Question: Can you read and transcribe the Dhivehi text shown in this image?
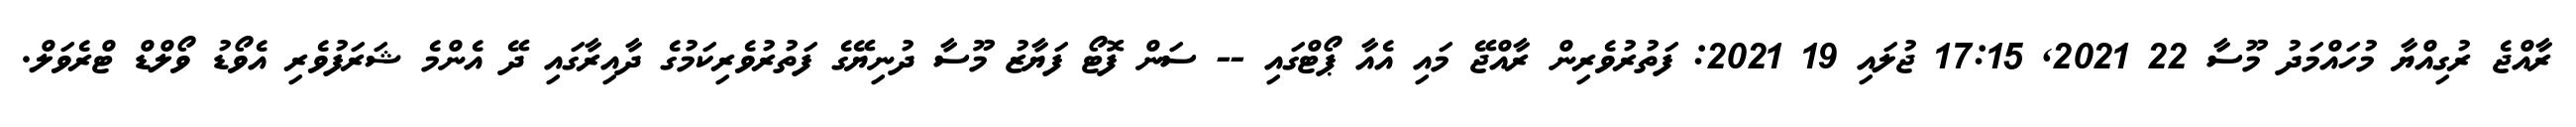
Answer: ރާއްޖެ ރުގިއްޔާ މުހައްމަދު މޫސާ 22 2021, 17:15 ޖުލައި 19 2021: ފަތުރުވެރިން ރާއްޖޭ މައި އެއާ ޕޯޓްގައި -- ސަން ފޮޓޯ ފަޔާޒު މޫސާ ދުނިޔޭގެ ފަތުރުވެރިކަމުގެ ދާއިރާގައި ދޭ އެންމެ ޝަރަފުވެރި އެވޯޑު ވޯލްޑް ޓްރެވަލް.